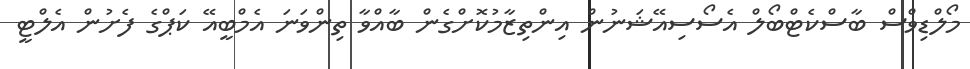
މޯލްޑިވްސް ބާސްކެޓްބޯލް އެސޯސިއޭޝަނުން އިންތިޒާމުކޮށްގެން ބާއްވާ ތިންވަނަ އެމްބީއޭ ކަޕްގެ ފެށުން އެލްޓީ